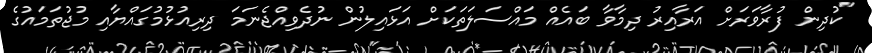
"ކުދިން ފުރާވަރަށް އަރާއިރު ދިމާވާ ބައެއް މައްސަލަތަކަށް އަޅައިލުން ނުދެވިއްޖެނަމަ ދިރިއުޅުމުގައްޔާއި މުޖުތަމައުގެ